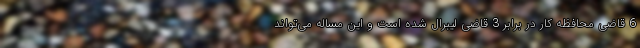
6 قاضی محافظه کار در برابر 3 قاضی لیبرال شده است و این مساله می‌تواند